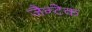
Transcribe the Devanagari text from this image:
जैन्टेक